Indian journal of veterinary science and animal husbandry - Volume 7,
Year: 1937
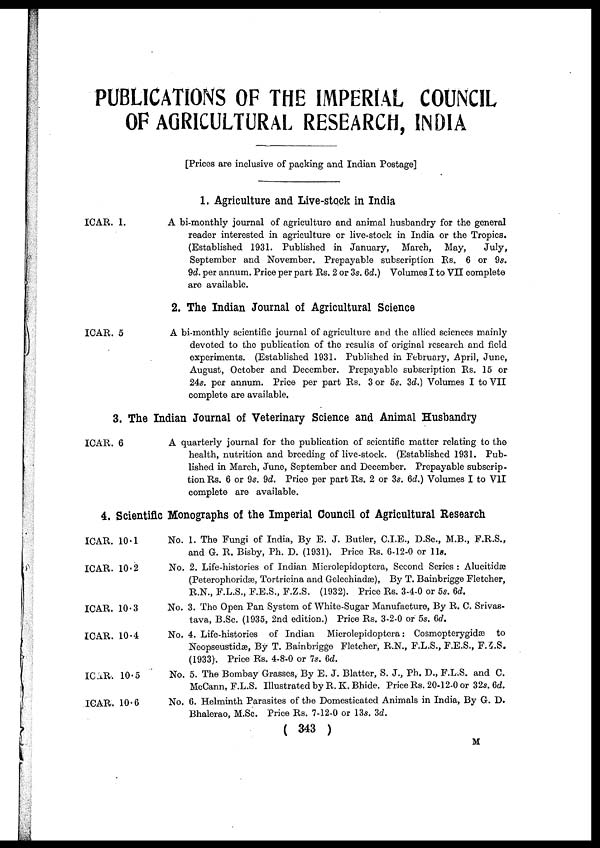
PUBLICATIONS OF THE IMPERIAL COUNCIL
OF AGRICULTURAL RESEARCH, INDIA
[Prices are inclusive of packing and Indian Postage]
1. Agriculture and Live-stock in India
ICAR. 1.
A bi-monthly journal of agriculture and animal husbandry for the general
reader interested in agriculture or live-stock in India or the Tropics.
(Established 1931. Published in January,
March,
May,
July,
September and November. Prepayable subscription Rs. 6 or 9s.
9d. per annum. Price per part Rs. 2 or 3s.6d.) Volumes I to VII complete
are available.
2. The Indian Journal of Agricultural Science
ICAR. 5
A bi-monthly scientific journal of agriculture and the allied sciences mainly
devoted to the publication of the results of original research and field
experiments. (Established 1931. Published in February, April, June,
August, October and December. Prepayable subscription Rs. 15 or
24s. per annum. Price per part Rs. 3 or 5s. 3d.) Volumes I to VII
complete are available.
3. The Indian Journal of Veterinary Science and Animal Husbandry
ICAR. 6
A quarterly journal for the publication of scientific matter relating to the
health, nutrition and breeding of live-stock. (Established 1931. Pub-
lished in March, June, September and December. Prepayable subscrip-
tion Rs. 6 or 9s. 9d. Price per part Rs. 2 or 3s. 6d.) Volumes I to VII
complete are available.
4. Scientific Monographs of the Imperial Council of Agricultural Research
ICAR. 10.1
ICAR. 10.2
ICAR. 10.3
ICAR. 10.4
ICAR. 10.5
ICAR. 10.6
No. 1. The Fungi of India, By E. J. Butler, C.I.E., D.Sc., M.B., F.R.S.,
and G. R. Bisby, Ph. D. (1931). Price Rs. 6-12-0 or 11s.
No. 2. Life-histories of Indian Microlepidoptera, Second Series : Alucitidæ
(Peterophoridæ, Tortricina and Gelechiadæ), By T. Bainbrigge Fletcher,
R.N., F.L.S., F.E.S., F.Z.S. (1932). Price Rs. 3-4-0 or 5s. 6d.
No. 3. The Open Pan System of White-Sugar Manufacture, By R. C. Srivas-
tava, B.Sc. (1935, 2nd edition.) Price Rs. 3-2-0 or 5s. 6d.
No. 4. Life-histories of Indian
Microlepidoptera: Cosmopterygidæ to
Neopseustidæ, By T. Bainbrigge Fletcher, R.N., F.L.S., F.E.S., F.Z.S.
(1933). Price Rs. 4-8-0 or 7s. 6d.
No. 5. The Bombay Grasses, By E. J. Blatter, S. J., Ph. D., F.L.S. and C.
McCann, F.L.S. Illustrated by R. K. Bhide. Price Rs. 20-12-0 or 32s. 6d.
No. 6. Helminth Parasites of the Domesticated Animals in India, By G. D.
Bhalerao, M.Sc. Price Rs. 7-12-0 or 13s. 3d.
( 343 )
M